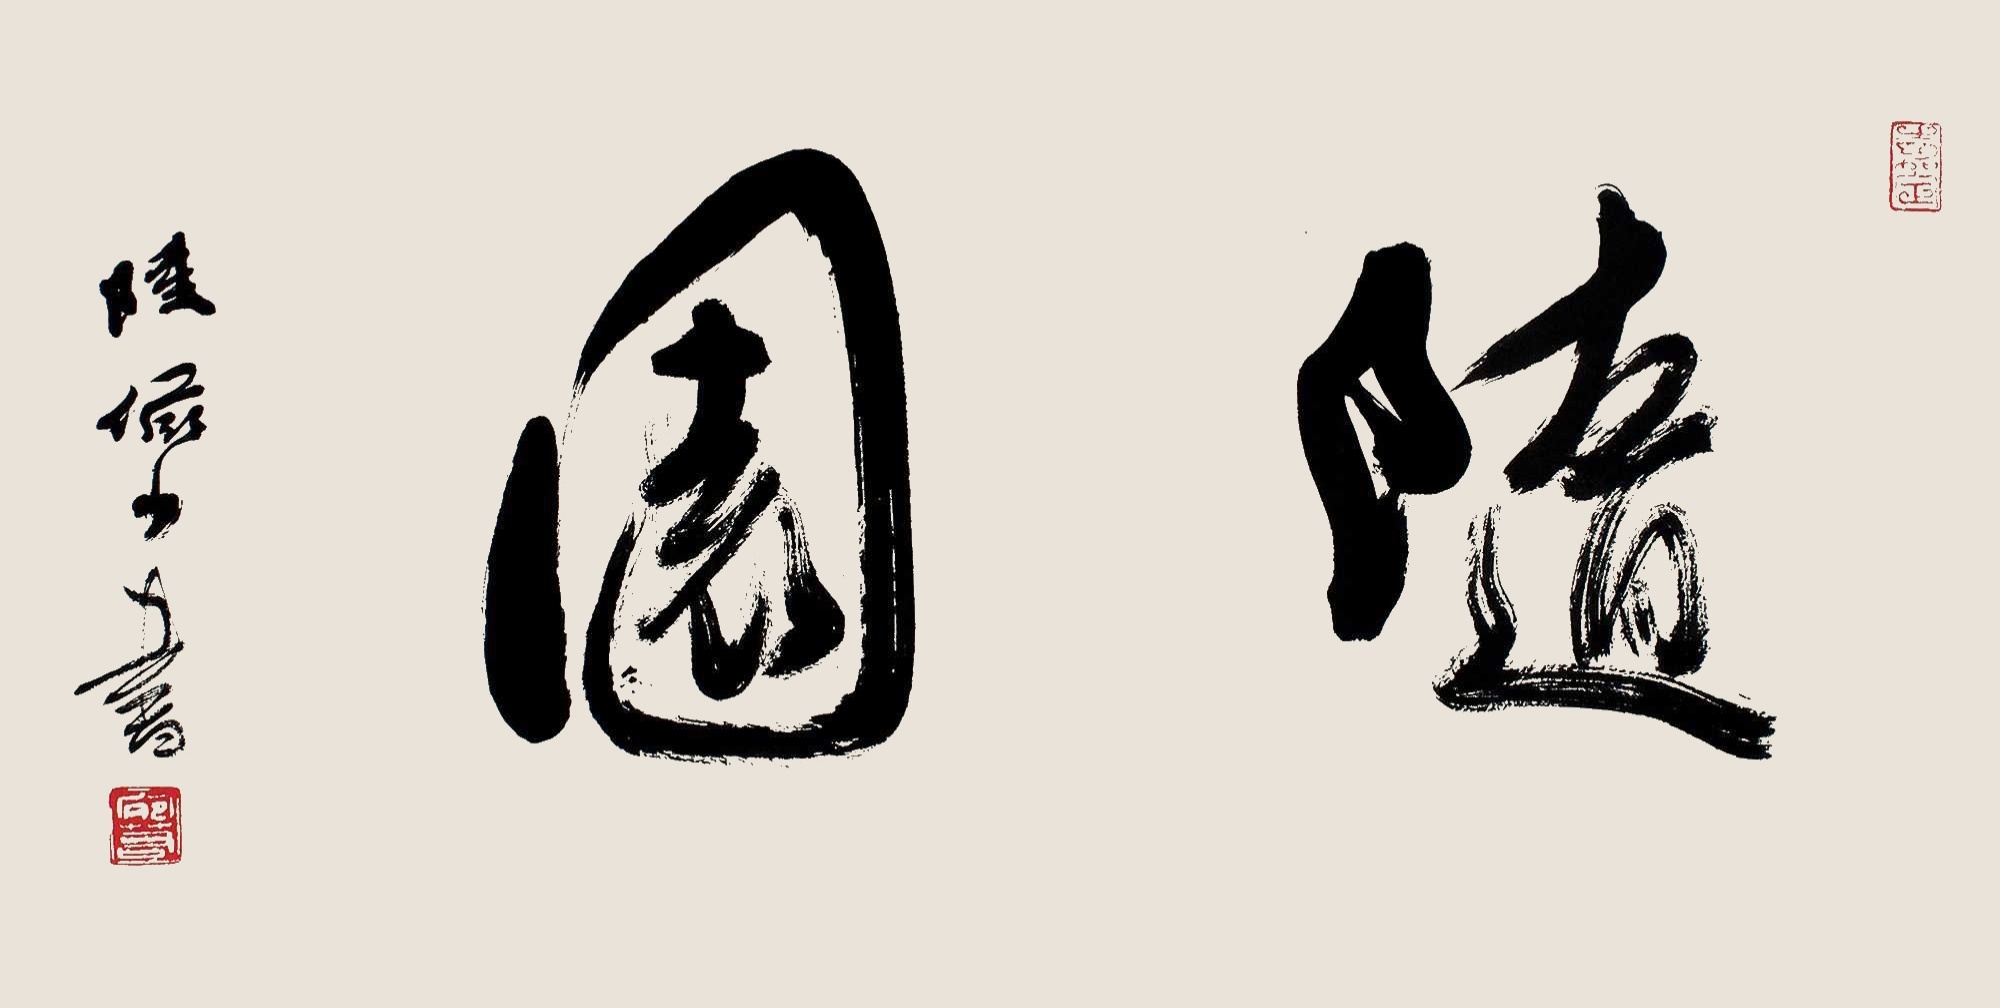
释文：随园。陆俨少书。